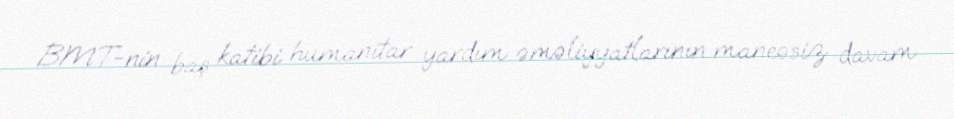
BMT-nin baş katibi humanitar yardım əməliyyatlarının maneəsiz davam